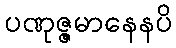
ပဏုဇ္ဇမာနေနပိ